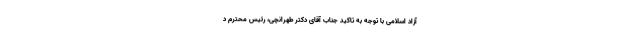
آزاد اسلامی با توجه به تاکید جناب آقای دکتر طهرانچی، رئیس محترم د